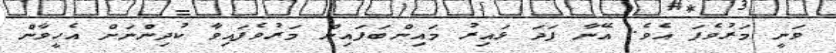
ވަނީ މަރުވެފަ އެވެ. އޭނާ ފަދަ ޅައިރު މައިންބަފައިން މަރުވެފައިވާ ކުދިންނަށް އެހީވާން